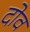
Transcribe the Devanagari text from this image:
दोव